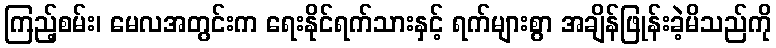
ကြည့်စမ်း၊ မေလအတွင်းက ရေးနိုင်ရက်သားနှင့် ရက်များစွာ အချိန်ဖြုန်းခဲ့မိသည်ကို